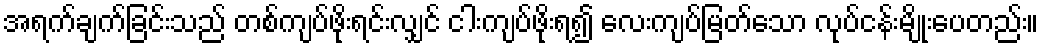
အရက်ချက်ခြင်းသည် တစ်ကျပ်ဖိုးရင်းလျှင် ငါးကျပ်ဖိုးရ၍ လေးကျပ်မြတ်သော လုပ်ငန်းမျိုးပေတည်း။